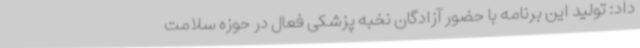
داد: تولید این برنامه با حضور آزادگان نخبه پزشکی فعال در حوزه سلامت